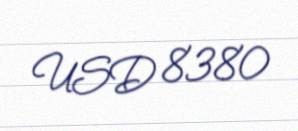
USD 8380